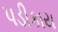
પડીકાય